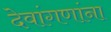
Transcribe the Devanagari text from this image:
देवांगणांना